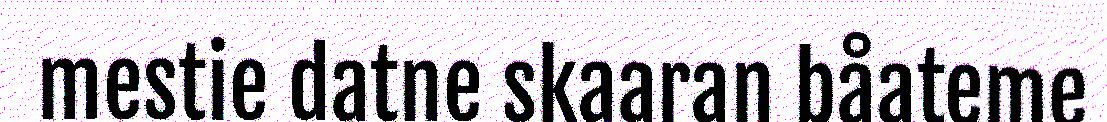
mestie datne skaaran båateme